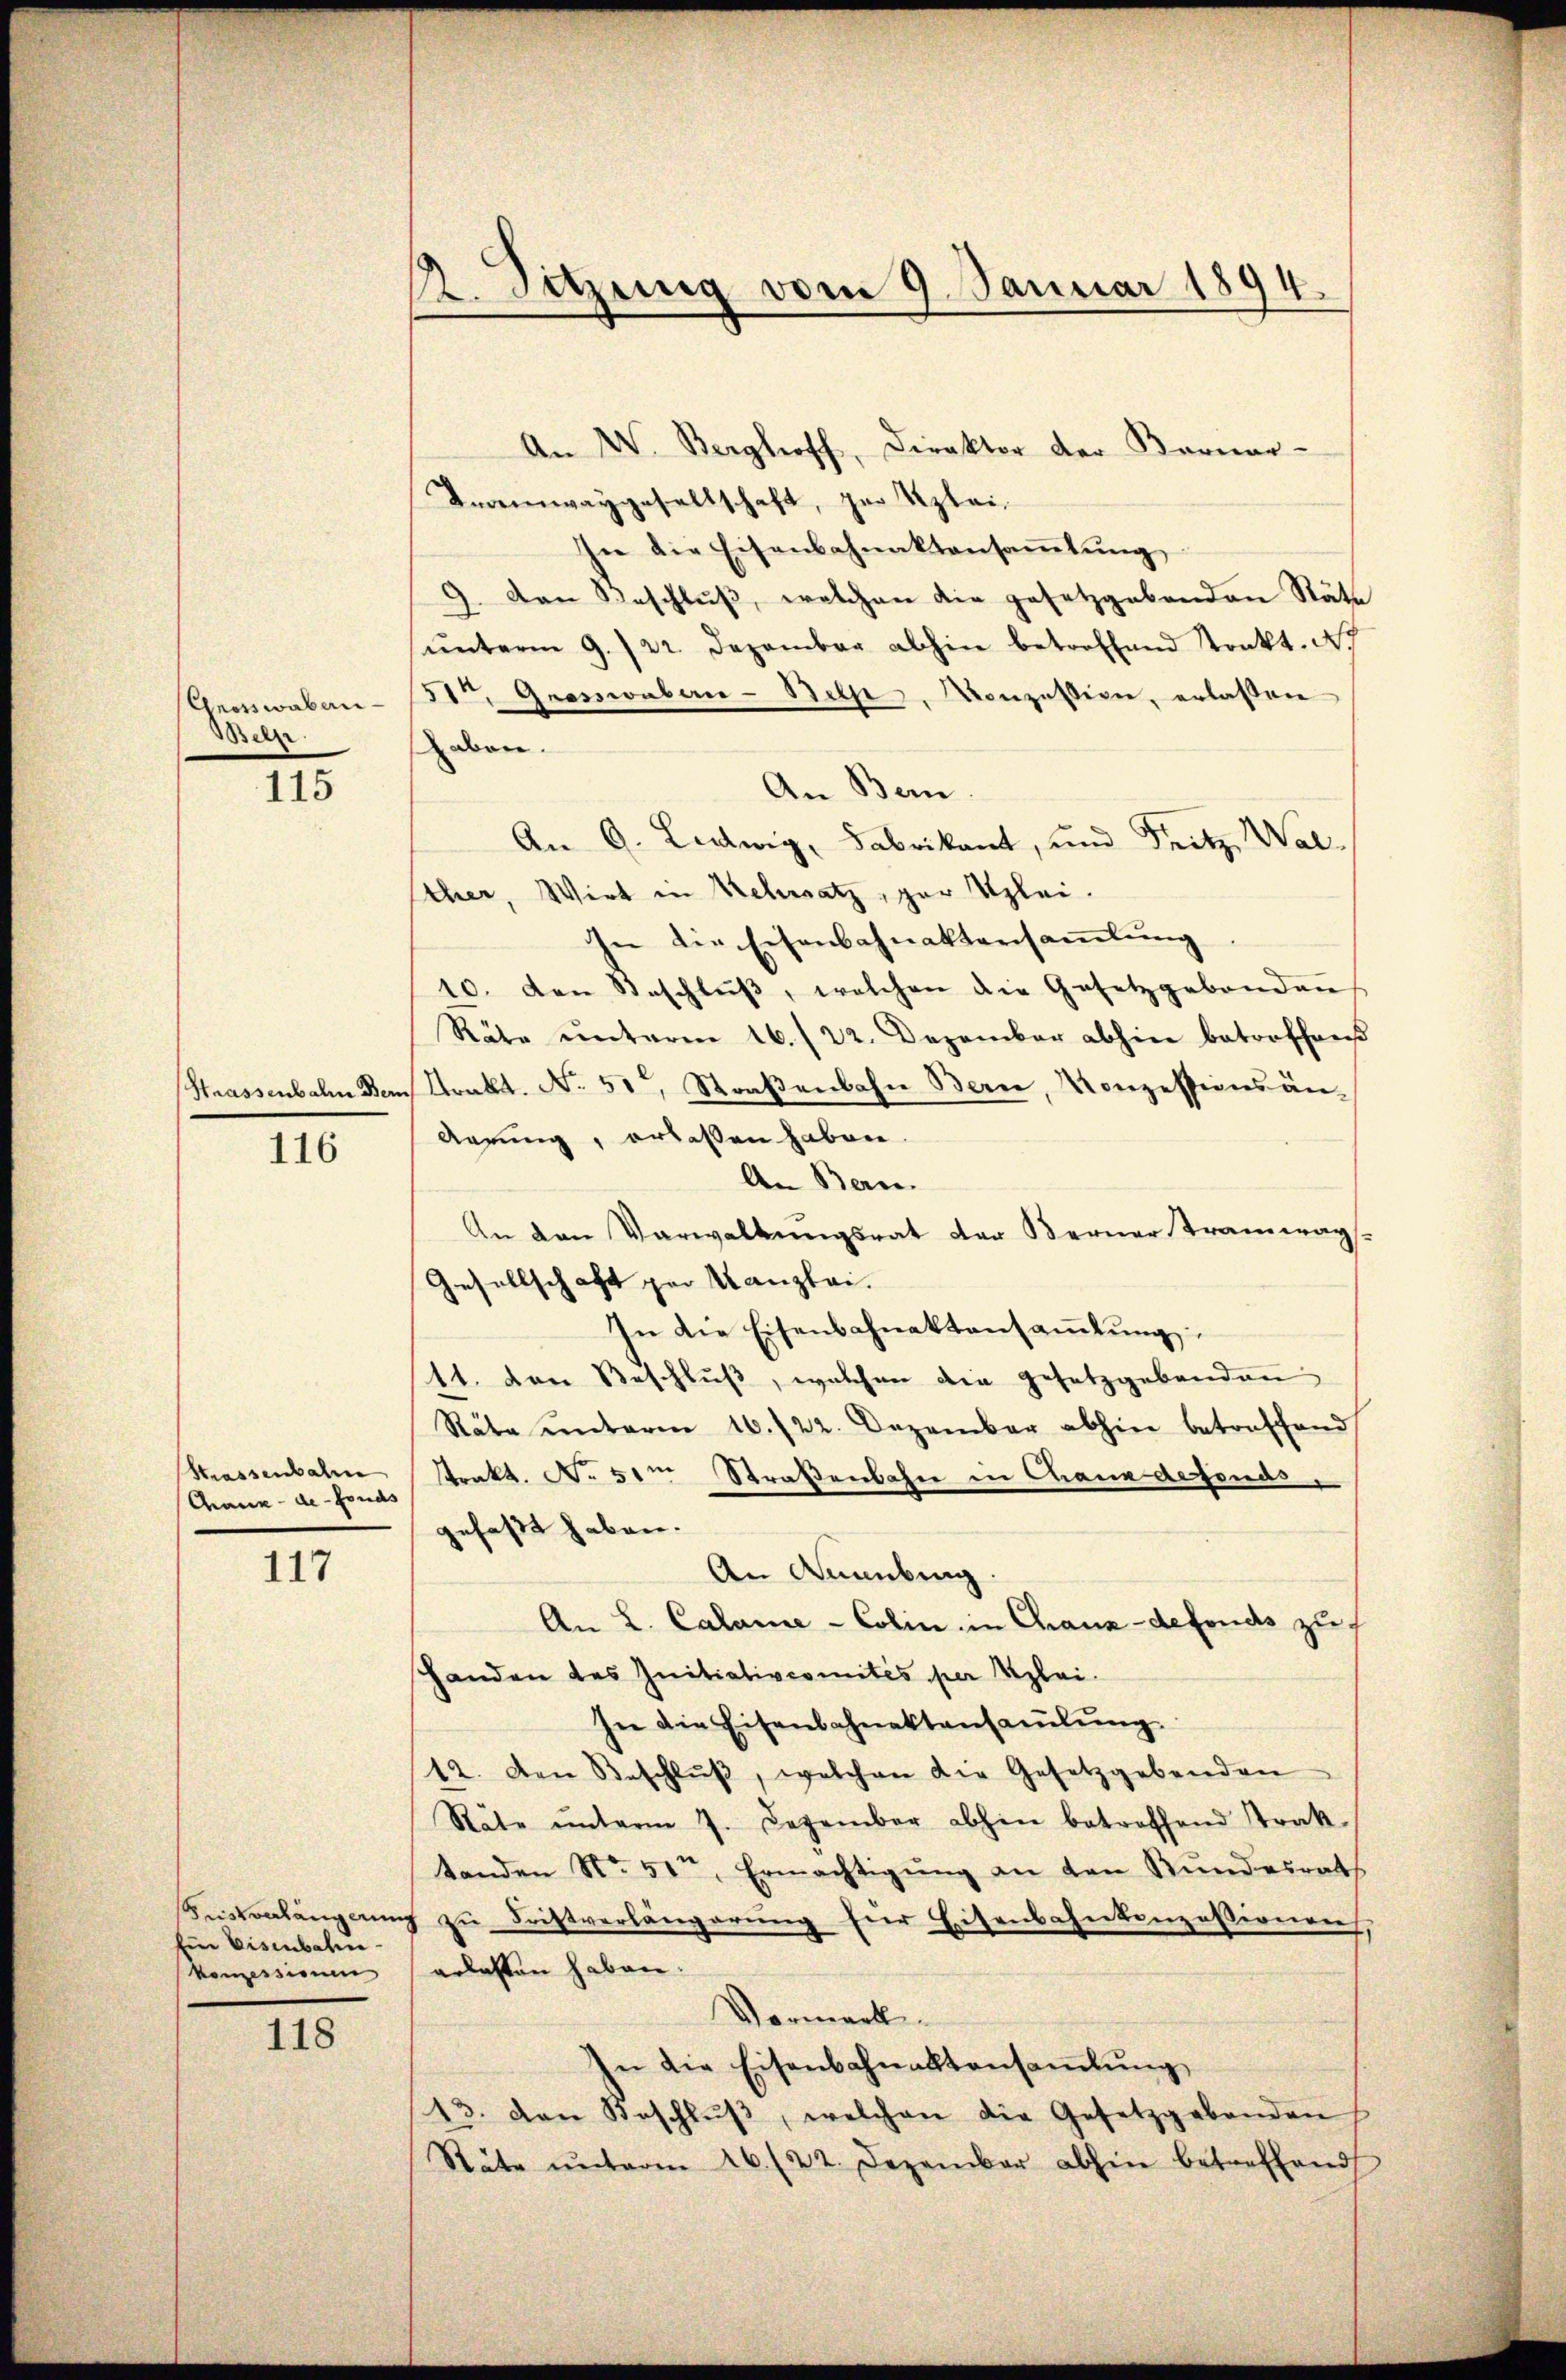
Gnorswaber
Beher

115

Strassenbahn Bern
116

Strassenbahn
Chaux-de-Fonds

117

Kriskonlängerung
Eine Eisenbahn¬
Konzessione

118

12. Setzung vom 9. Januar 1894.

An W. Berghoff, Direktor der Berner-
Tramwaygesellschaft, zur Klei¬
In die Eisenbahnaktensammlung,
9. Den Beschlŭβ, welchen die gesetzgebenden Räte
ŭnterm 9. /22. Dezember abhin betroffend Stonkt. N. 7
51ten Grosswaben-Bel, Konzession, erlaßen
haben.
An Bern.
An 9. Ledwig, Fabrikant, und Fritz, Wal
Ether, Wirt in Kehrsatz, zur Klei¬
In die Eisenbahnaktersaṁlŭng.
10. den Beschlŭβ, welchen die Gesetzgebendens
Räte ŭnterm 16./22. Dezember abhin betroffend
Sonkt. No. 51, Straßenbahn Bern, Konzessionsän¬
Aerung, erlassen haben.
An Bern.
An den Verwaltungsrat der Berner Tramwags.
Gesellschaft zur Kanzlei.
In die Eisenbahnaktensaṁlŭng
11. Den Beschluß, welchen die Gesetzgebenden
Räte ŭnterm 16./22. Dezember abhin betreffend
Prakt. No 51m Straßenbahn in Chane defonds,
gefaßt haben.
An Knaubung
An L. Calame-Colin in Chaux-defonds zu f
Handen des Initiativcomités per Klei¬
In die Eisenbahnaktensaṁlŭng
12. Den Beschlŭβ, welchen die Gesetzgebenden
Räte ŭnterm 7. Dezember abhin betroffend Trak-
tanden No 51t, Ermächtigŭng an den Bundesrath
zu Fristverlängerung für Eisenbahntenzessionen,
erlassen haben.
Vormerk.
In die Eisenbahnaktensaṁlŭng
13. den Beschlŭβ, welchen die Gesetzgebenden
Stäte ŭnterm 26./22. Dezember abhin betreffend